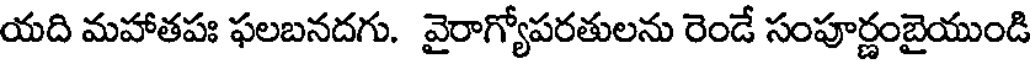
యది మహాతపః ఫలబనదగు. వైరాగ్యోపరతులను రెండే సంపూర్ణంబైయుండి